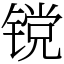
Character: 镋